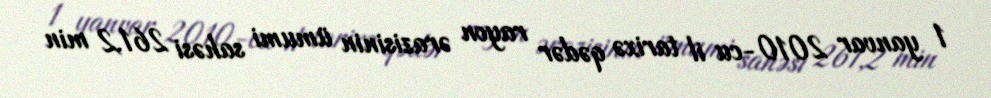
1 yanvar 2010-cu il tarixə qədər rayon ərazisinin ümumi sahəsi 261,2 min